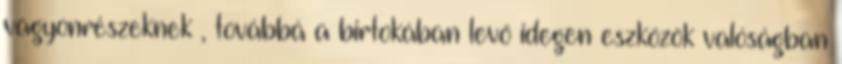
vagyonrészeknek , továbbá a birtokában levő idegen eszközök valóságban